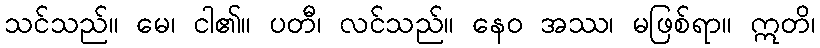
သင်သည်။ မေ၊ ငါ၏။ ပတီ၊ လင်သည်။ နေဝ အဿ၊ မဖြစ်ရာ။ ဣတိ၊